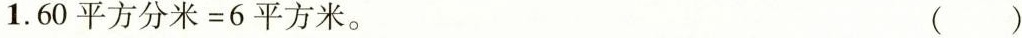
1.$$6 0 平 方 分 米 = 6 平 方 米$$。 ( )